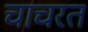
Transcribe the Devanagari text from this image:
चाचरत